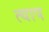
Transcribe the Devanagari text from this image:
त्याप